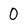
Character: 0